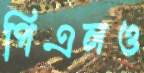
পিএলও